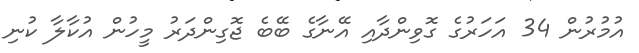
އުމުރުން 34 އަހަރުގެ ގޮވިންދާއި އޭނާގެ ބޭބެ ޖޮގިންދަރު މީހުން އުކާލާ ކުނި